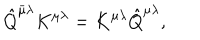
\hat { Q } ^ { \bar { \mu } \lambda } K ^ { \mu \lambda } = K ^ { \mu \lambda } \hat { Q } ^ { \mu \lambda } ,